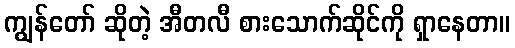
ကျွန်တော် ဆိုတဲ့ အီတလီ စားသောက်ဆိုင်ကို ရှာနေတာ။